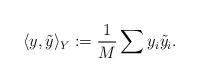
LaTeX: \begin{align*}\langle y, \tilde{y} \rangle_Y := \frac{1}{M}\sum y_i \tilde{y}_i.\end{align*}